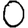
Digit: 0